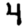
Digit: 4